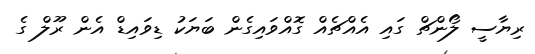
ރިޔާސީ ލޯންޗް ގައި އެއްޗެއް ގޮއްވައިގެން ބަޔަކު ޑިވައިޑް އެން ރޫލް ގެ